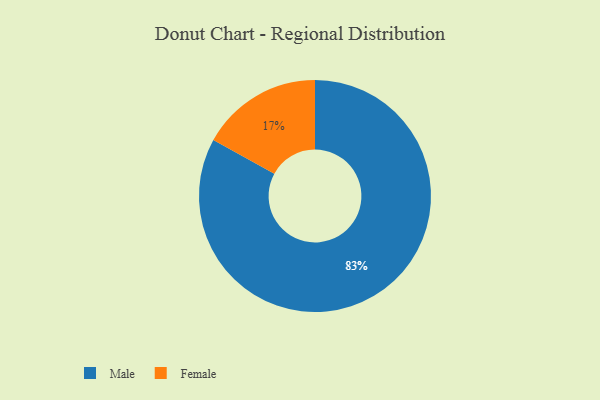
{"axis": {"x": "Category", "y": "Percentage"}, "legend": ["Female", "Male"], "data": [{"x": "Female", "y": 17, "type": "Female"}, {"x": "Male", "y": 83, "type": "Male"}]}